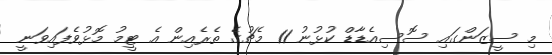
މި ސީޒަންގައި ސޮސިއެޑާޑް ކުޅުނު 11 މެޗުގެ ތެރެއިން އެ ޓީމު މޮޅުވެފައިވަނީ